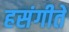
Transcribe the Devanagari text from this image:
हसंगीते